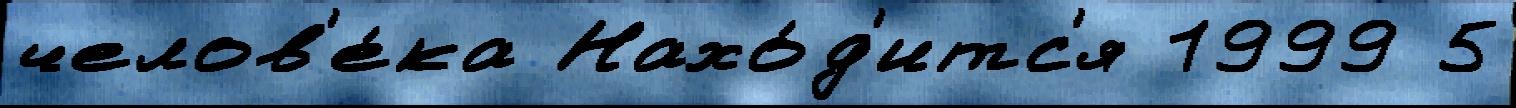
челов'е́ка Нахо́д'итс'я 1999 5